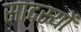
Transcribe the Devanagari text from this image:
सादस्यों